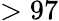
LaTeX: >97